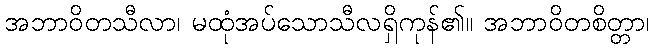
အဘာဝိတသီလာ၊ မထုံအပ်သောသီလရှိကုန်၏။ အဘာဝိတစိတ္တာ၊